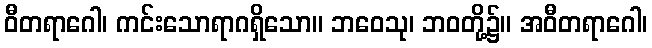
ဝီတရာဂေါ၊ ကင်းသောရာဂရှိသော။ ဘဝေသု၊ ဘဝတို့၌။ အဝီတရာဂေါ၊